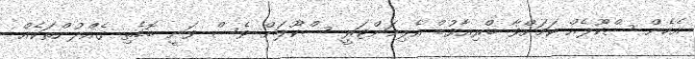
އެހެން ސްކޫލެއް ކަމަށްވާ ބްރިއާވުޑް އެލިމަންޓަރީ ސްކޫލަށް ވެސް ވަނީ ބޮޑެތި ގެއްލުންތަކެއް